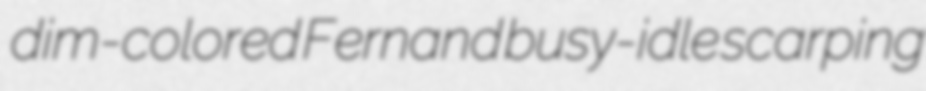
dim-colored Fernand busy-idle scarping